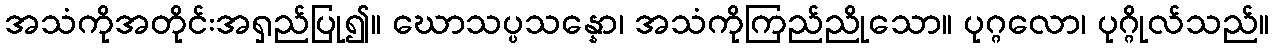
အသံကိုအတိုင်းအရှည်ပြု၍။ ဃောသပ္ပသန္နော၊ အသံကိုကြည်ညိုသော။ ပုဂ္ဂလော၊ ပုဂ္ဂိုလ်သည်။